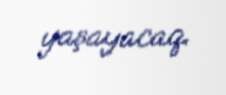
yaşayacaq.